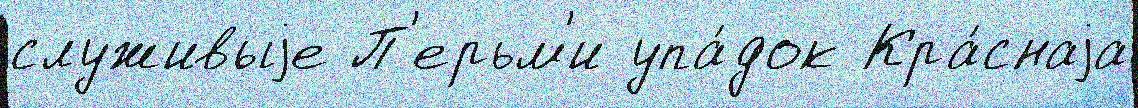
служивыjе П'ерьм'и упа́док Кра́снаjа